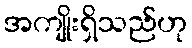
အကျိုးရှိသည်ဟု